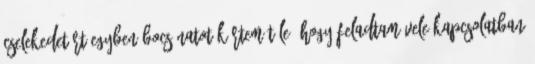
cselekedetért Egyben bocsánatot kértem tőle, hogy feladtam vele kapcsolatban